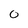
Character: 0